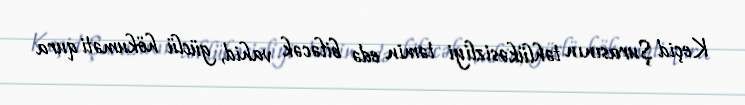
Keçid Şurasının təhlükəsizliyi təmin edə biləcək vahid, güclü hökuməti qura